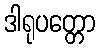
ဒါရုပတ္တော